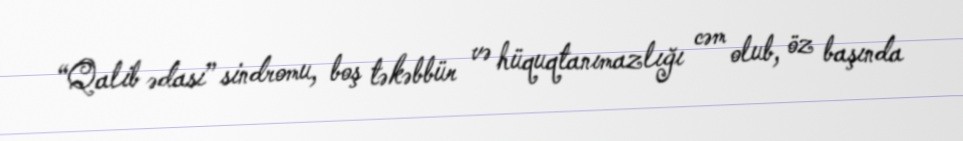
“Qalib ədası” sindromu, boş təkəbbür və hüquqtanımazlığı cəm olub, öz başında